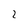
Character: 2